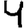
Digit: 4